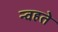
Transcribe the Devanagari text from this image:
न्वहते